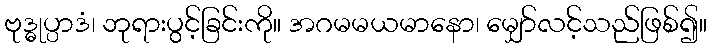
ဗုဒ္ဓုပ္ပာဒံ၊ ဘုရားပွင့်ခြင်းကို။ အဂမမယမာနော၊ မျှော်လင့်သည်ဖြစ်၍။